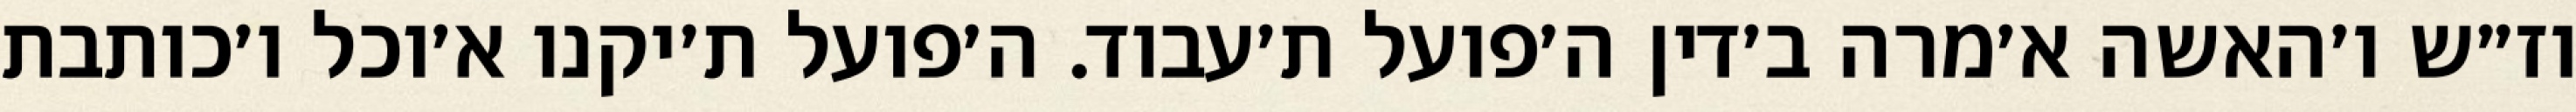
וז״ש ו׳האשה א׳מרה ב׳דין ה׳פועל ת׳עבוד. ה׳פועל ת׳יקנו א׳וכל ו׳כותבת